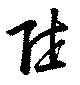
陸